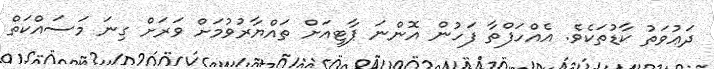
ދަޢުވަތު ކާޑުތަކެވެ. އެއްހަފްތާ ފަހުން އޮންނަ ޕާޓީއަށް ތައްޔާރުވުމަށް ވަރަށް ގިނަ މަސައްކަތް